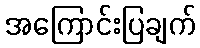
အကြောင်းပြချက်